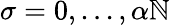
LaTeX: \sigma=0,...,\alpha\mathbb{N}